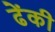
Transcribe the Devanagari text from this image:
ढेंकी